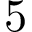
5